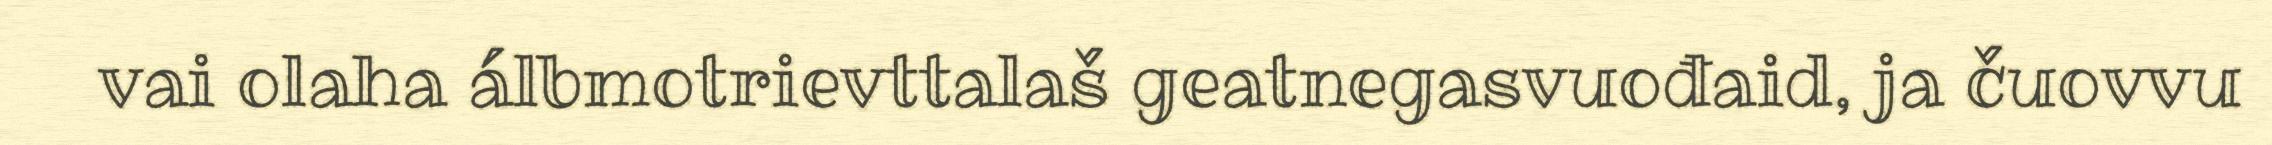
vai olaha álbmotrievttalaš geatnegasvuođaid, ja čuovvu